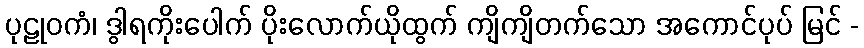
ပုဠုဝကံ၊ ဒွါရကိုးပေါက် ပိုးလောက်ယိုထွက် ကျိကျိတက်သော အကောင်ပုပ် မြင် -